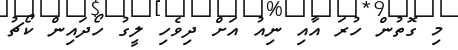
މި ގޮތުން ހުރަ އާއި ނިއު އަށް ދިވެހި ލީގު ހޯދައިން ކޯޗު